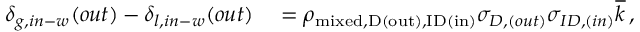
\begin{array} { r l } { \delta _ { g , i n - w } ( o u t ) - \delta _ { l , i n - w } ( o u t ) } & { { } = \rho _ { \mathrm { { m i x e d } , D ( o u t ) , I D ( i n ) } } \sigma _ { D , ( o u t ) } \sigma _ { I D , ( i n ) } \overline { { k } } \, , } \end{array}